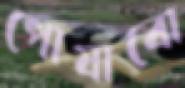
পোষাবো